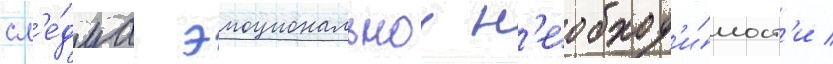
сл'е́дуа эмоциональнои н'еобход'и́мост'и /